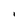
Character: I